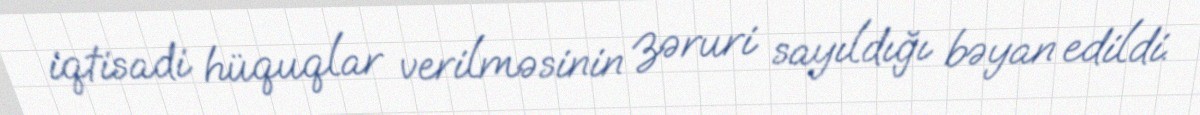
iqtisadi hüquqlar verilməsinin zəruri sayıldığı bəyan edildi.